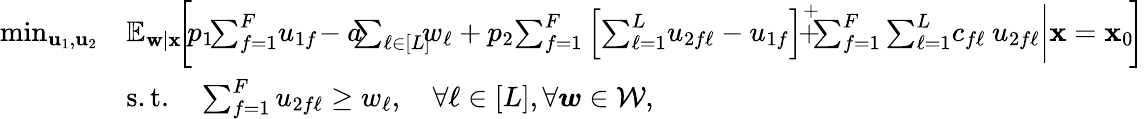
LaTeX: \begin{array}{rl}{\operatorname*{min}_{{\mathbf u}_{1},{\mathbf u}_{2}}}&{\mathbb{E}_{{\mathbf w}|{\mathbf x}}\! \! \left[\! p_{1}\! \! \sum_{f=1}^{F}\! u_{1f}\! -a\! \! \! \sum_{\ell\in[L]}\! \! \! w_{\ell}+p_{2}\! \sum_{f=1}^{F}\left[\sum_{\ell=1}^{L}\! u_{2f\ell}-u_{1f}\right]^{+}\! \! \! \! \! \! +\! \! \! \sum_{f=1}^{F}\sum_{\ell=1}^{L}\! c_{f\ell}\: u_{2f\ell}\bigg\vert{\mathbf x}={\mathbf x}_{0}\! \right]}\\ &{\mathrm{s.t.}\quad\sum_{f=1}^{F}u_{2f\ell}\geq w_{\ell},\quad\forall\ell\in[L],\forall\boldsymbol{w}\in\mathcal{W},}\end{array}